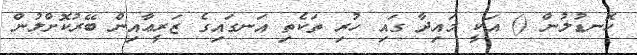
ހޮނޑުލުން () އަކީ މައިދާ ގައި ހުރި ތަކެތި އަނގައިގެ ޒަރީޢާއިން ބޭރުކޮށްލުން